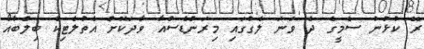
ރޭ ކުޅުނު ސެމީގެ ދެ ވަނަ ލެގުގައި މިރަންޑެސްއާ ވާދަކޮށް އެތުލެޓިކް ބިލްބާއޯ